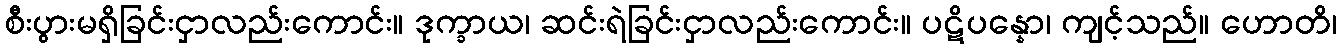
စီးပွားမရှိခြင်းငှာလည်းကောင်း။ ဒုက္ခာယ၊ ဆင်းရဲခြင်းငှာလည်းကောင်း။ ပဋိပန္နော၊ ကျင့်သည်။ ဟောတိ၊